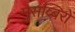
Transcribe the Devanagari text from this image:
मुसव्बिरों